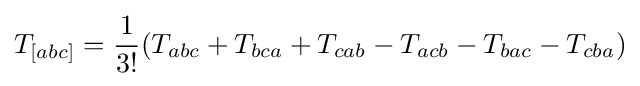
T_{[abc]}={\frac {1}{3!}}(T_{abc}+T_{bca}+T_{cab}-T_{acb}-T_{bac}-T_{cba})